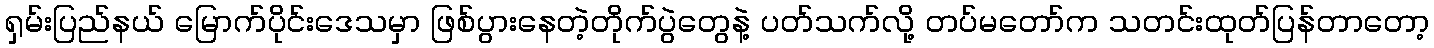
ရှမ်းပြည်နယ် မြောက်ပိုင်းဒေသမှာ ဖြစ်ပွားနေတဲ့တိုက်ပွဲတွေနဲ့ ပတ်သက်လို့ တပ်မတော်က သတင်းထုတ်ပြန်တာတော့